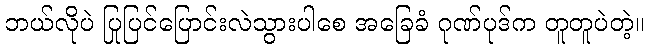
ဘယ်လိုပဲ ပြုပြင်ပြောင်းလဲသွားပါစေ အခြေခံ ဂုဏ်ပုဒ်က တူတူပဲတဲ့။